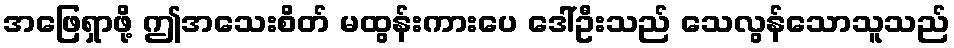
အဖြေရှာဖို့ ဤအသေးစိတ် မထွန်းကားပေ ဒေါ်ဦးသည် သေလွန်သောသူသည်